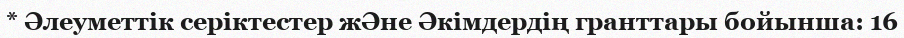
* Әлеуметтік серіктестер жӘне Әкімдердің гранттары бойынша: 16